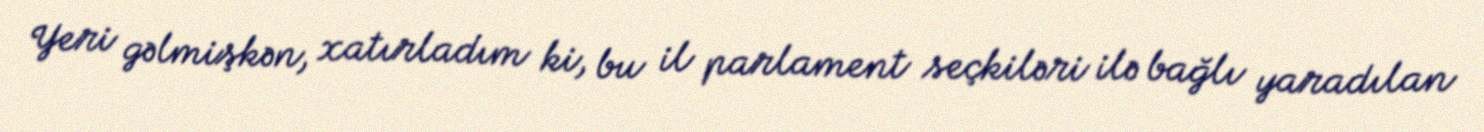
Yeri gəlmişkən, xatırladım ki, bu il parlament seçkiləri ilə bağlı yaradılan